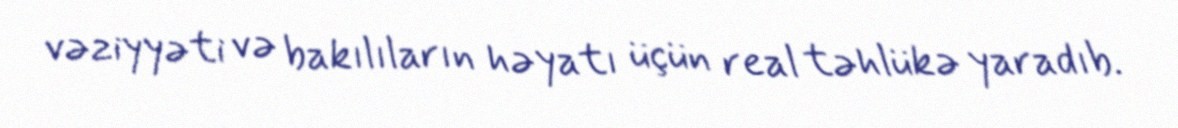
vəziyyəti və bakılıların həyatı üçün real təhlükə yaradıb.